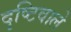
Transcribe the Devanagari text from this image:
दृष्टिवाले